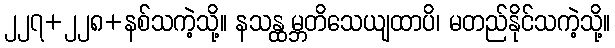
၂၂၇+၂၂၈+နစ်သကဲ့သို့။ နသန္ထမ္ဘတိသေယျထာပိ၊ မတည်နိုင်သကဲ့သို့။